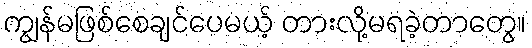
ကျွန်မဖြစ်စေချင်ပေမယ့် တားလို့မရခဲ့တာတွေ။